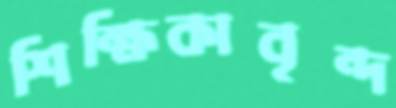
শিক্ষিকাবৃন্দ